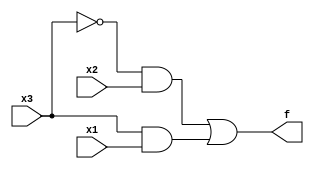
module top_module( 
    input x3,
    input x2,
    input x1,  // three inputs
    output f   // one output
);
/*    always @ (*) begin 
        case ({x3, x2, x1})
            3'b010 : f = 1'b1;
            3'b011 : f = 1'b1;
            3'b101 : f = 1'b1;
            3'b111 : f = 1'b1;
            default : f = 1'b0;
        endcase
            end    */
    assign f = (~x3 & x2)|(x3 & x1);
endmodule